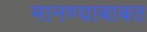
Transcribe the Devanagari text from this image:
मानण्याबाबत